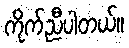
ကိုက်ညီပါတယ်။